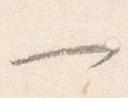
一